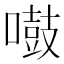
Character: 𠿤